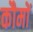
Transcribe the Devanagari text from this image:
कौमों